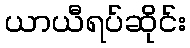
ယာယီရပ်ဆိုင်း